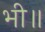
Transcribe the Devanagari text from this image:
भी॥